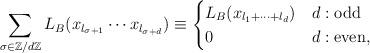
LaTeX: \begin{align*}\sum_{\sigma\in\mathbb{Z}/d\mathbb{Z}}L_{B}(x_{l_{\sigma+1}}\cdots x_{l_{\sigma+d}})\equiv\begin{cases}L_{B}(x_{l_{1}+\cdots+l_{d}}) & d:{\rm odd}\\0 & d:{\rm even},\end{cases}\end{align*}